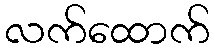
လက်ထောက်